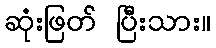
ဆုံးဖြတ် ပြီးသား။